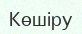
Көшіру